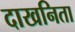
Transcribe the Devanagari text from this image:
दाखनिता